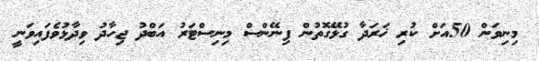
މިނިވަން 50އަށް ކުރި ޚަރަދާ ގުޅޭގޮތުން ފިނޭންސް މިނިސްޓަރު އަބްދު ޖިހާދު ވިދާޅުވެފައިވަނީ